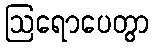
ဩရောပေတွာ